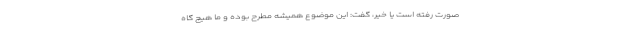
صورت رفته است یا خیر، گفت:‌ این موضوع همیشه مطرح بوده و ما هیچ گاه